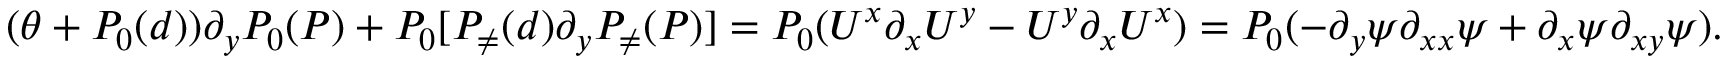
\begin{array} { r } { ( \theta + P _ { 0 } ( d ) ) \partial _ { y } P _ { 0 } ( P ) + P _ { 0 } [ P _ { \neq } ( d ) \partial _ { y } P _ { \neq } ( P ) ] = P _ { 0 } ( U ^ { x } \partial _ { x } U ^ { y } - U ^ { y } \partial _ { x } U ^ { x } ) = P _ { 0 } ( - \partial _ { y } \psi \partial _ { x x } \psi + \partial _ { x } \psi \partial _ { x y } \psi ) . } \end{array}